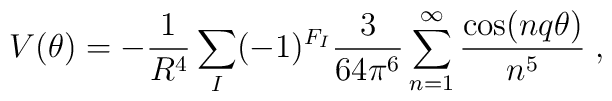
V(\theta) = - \frac{1}{R^4} \sum_I (-1)^{F_I} \frac{3}{64 \pi^6}\sum_{n=1}^{\infty}\frac{\cos(n q \theta)}{n^5} \;,